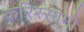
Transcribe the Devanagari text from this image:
करिस्सामो